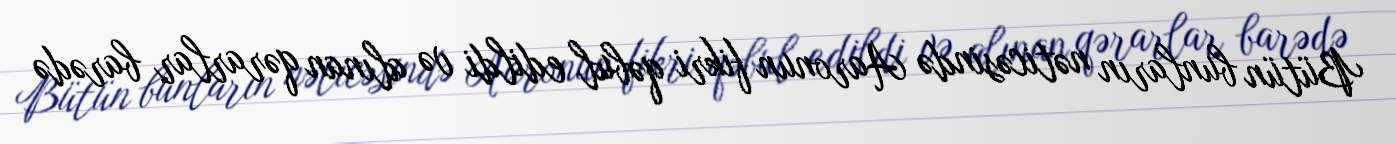
Bütün bunların nəticəsində Aaronun fikri qəbul edildi və alınan qərarlar barədə